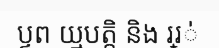
ប្ទព យ្មបត្តិ និង ររ្់